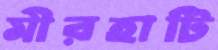
মীরহাটি